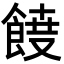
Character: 𮨾